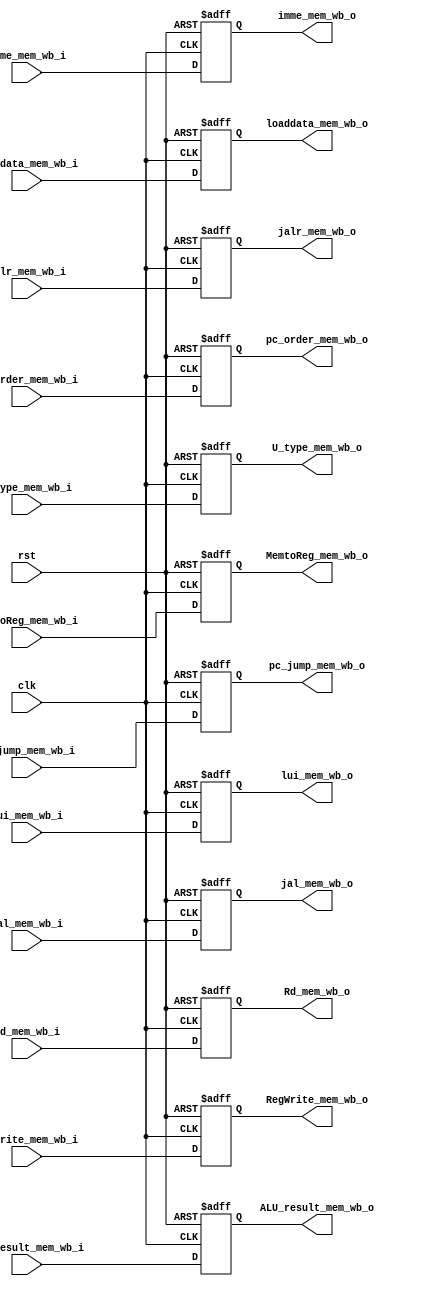

module mem_wb_regs(
	input clk,
	input rst,
	
	input      [31:0]   ALU_result_mem_wb_i,   
	input      [31:0]   pc_jump_mem_wb_i,
	input      [31:0]   loaddata_mem_wb_i,     //DM
	input      [31:0]   imme_mem_wb_i,
	input      [31:0]   pc_order_mem_wb_i,
	input      [4:0]    Rd_mem_wb_i,
	
	input               jal_mem_wb_i,
	input               jalr_mem_wb_i,
	input               lui_mem_wb_i,
	input 				U_type_mem_wb_i,
	input 				MemtoReg_mem_wb_i,
	input 				RegWrite_mem_wb_i,
	
	output reg 			jal_mem_wb_o,
	output reg 			jalr_mem_wb_o,
	output reg 			lui_mem_wb_o,
	output reg 			U_type_mem_wb_o,
	output reg 			MemtoReg_mem_wb_o,
	output reg 			RegWrite_mem_wb_o,
	output reg [31:0]	ALU_result_mem_wb_o,   
	output reg [31:0]	pc_jump_mem_wb_o,
	output reg [31:0]	loaddata_mem_wb_o,     //DM
	output reg [31:0]	imme_mem_wb_o,
	output reg [31:0]	pc_order_mem_wb_o,
	output reg [4:0]	Rd_mem_wb_o
    );
	
	always@(posedge clk or negedge rst)
	begin
		if(!rst)
			ALU_result_mem_wb_o<='d0;
		else
			ALU_result_mem_wb_o<=ALU_result_mem_wb_i;
	end
	
	always@(posedge clk or negedge rst)
	begin
		if(!rst)
			pc_jump_mem_wb_o<='d0;
		else
			pc_jump_mem_wb_o<=pc_jump_mem_wb_i;
	end
	
	always@(posedge clk or negedge rst)
	begin
		if(!rst)
			loaddata_mem_wb_o<='d0;
		else
			loaddata_mem_wb_o<=loaddata_mem_wb_i;
	end
	
	always@(posedge clk or negedge rst)
	begin
		if(!rst)
			imme_mem_wb_o<='d0;
		else
			imme_mem_wb_o<=imme_mem_wb_i;
	end
	
	always@(posedge clk or negedge rst)
	begin
		if(!rst)
			pc_order_mem_wb_o<='d0;
		else
			pc_order_mem_wb_o<=pc_order_mem_wb_i;
	end
	
	always@(posedge clk or negedge rst)
	begin
		if(!rst)
			Rd_mem_wb_o<=5'd0;
		else
			Rd_mem_wb_o<=Rd_mem_wb_i;
	end
	
	always@(posedge clk or negedge rst)
	begin
		if(!rst)
			jal_mem_wb_o<='d0;
		else
			jal_mem_wb_o<=jal_mem_wb_i;
	end
	
	always@(posedge clk or negedge rst)
	begin
		if(!rst)
			jalr_mem_wb_o<='d0;
		else
			jalr_mem_wb_o<=jalr_mem_wb_i;
	end
	
	always@(posedge clk or negedge rst)
	begin
		if(!rst)
			lui_mem_wb_o<='d0;
		else
			lui_mem_wb_o<=lui_mem_wb_i;
	end
	
	always@(posedge clk or negedge rst)
	begin
		if(!rst)
			U_type_mem_wb_o<='d0;
		else
			U_type_mem_wb_o<=U_type_mem_wb_i;
	end
	
	always@(posedge clk or negedge rst)
	begin
		if(!rst)
			MemtoReg_mem_wb_o<='d0;
		else
			MemtoReg_mem_wb_o<=MemtoReg_mem_wb_i;
	end
	
	always@(posedge clk or negedge rst)
	begin
		if(!rst)
			RegWrite_mem_wb_o<='d0;
		else
			RegWrite_mem_wb_o<=RegWrite_mem_wb_i;
	end
	
	

endmodule